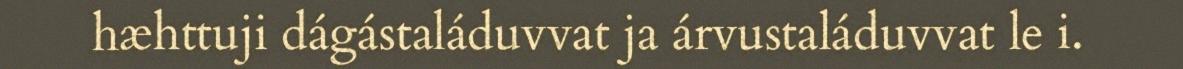
hæhttuji dágástaláduvvat ja árvustaláduvvat le i.